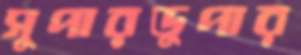
সুপারডুপার